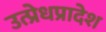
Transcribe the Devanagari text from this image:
उत्प्रेधप्रादेश